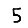
Digit: 5